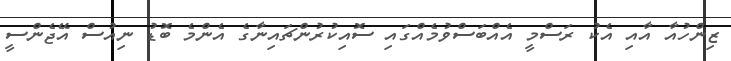
ޒިންހުއާ އާއި އެކު ރަސްމީ އެއްބަސްވުމެއްގައި ސޮއިކުރުންޗައިނާގެ އެންމެ ބޮޑު ނިއުސް އޭޖެންސީ